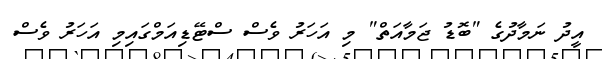
އީދު ނަމާދުގެ "ބޮޑު ޖަމާއަތް" މި އަަހަރު ވެސް ސްޓޭޑިއަމްގައިމި އަހަރު ވެސް